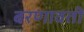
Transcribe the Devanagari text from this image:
बरणावती